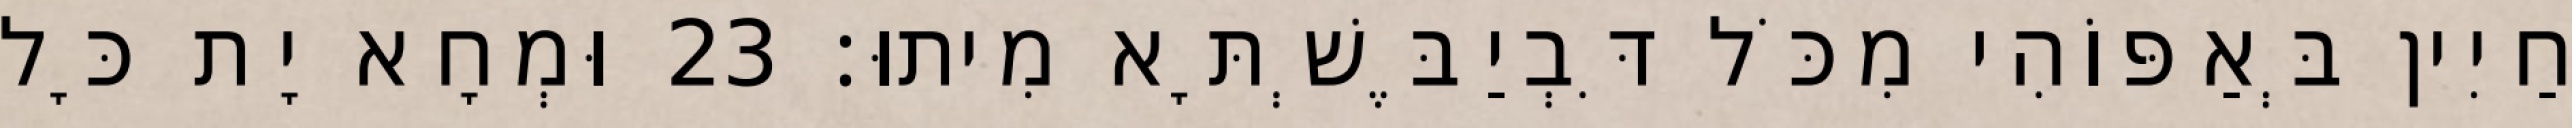
חַיִין בְּאַפּוֹהִי מִכֹּל דִּבְיַבֶּשְׁתָּא מִיתוּ׃ 23 וּמְחָא יָת כָּל